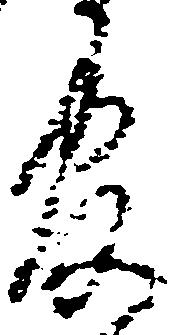
官